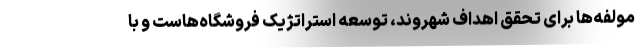
مولفه‌ها برای تحقق اهداف شهروند، توسعه استراتژیک فروشگاه‌هاست و با